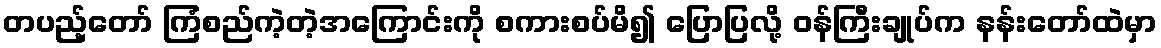
တပည့်တော် ကြံစည်ကဲ့တဲ့အကြောင်းကို စကားစပ်မိ၍ ပြောပြလို့ ဝန်ကြီးချုပ်က နန်းတော်ထဲမှာ